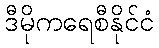
ဒီမိုကရေစီနိုင်ငံ